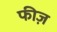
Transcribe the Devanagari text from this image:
फीज़